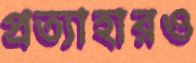
প্রত্যাহারও